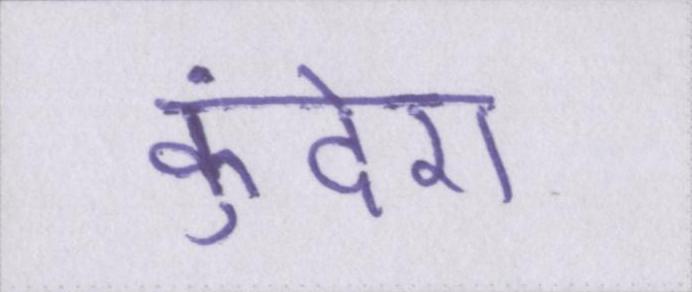
कुंदेरा